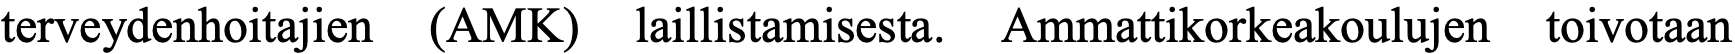
terveydenhoitajien (AMK) laillistamisesta. Ammattikorkeakoulujen toivotaan